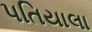
પતિયાલા